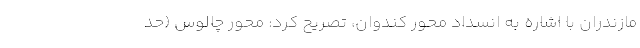
مازندران با اشاره به انسداد محور کندوان، تصریح کرد: محور چالوس (حد